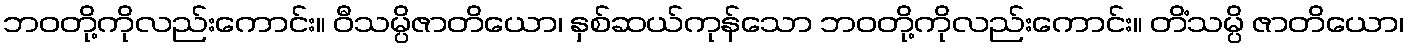
ဘဝတို့ကိုလည်းကောင်း။ ဝီသမ္ပိဇာတိယော၊ နှစ်ဆယ်ကုန်သော ဘဝတို့ကိုလည်းကောင်း။ တိံသမ္ပိ ဇာတိယော၊